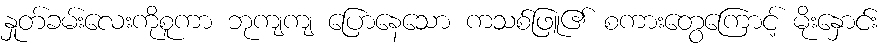
နှုတ်ခမ်းလေးကိုစူကာ ဘုကျကျ ပြောနေသော ကသစ်ဖြူ၏ စကားတွေကြောင့် မိုးနှောင်း